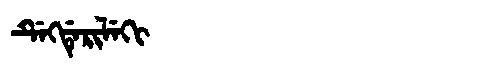
Manchu: ᡩᡝᡴᡩᡝᡵᡳᠯᡝᡴᡳ
Romanization: DEKDERILEKI